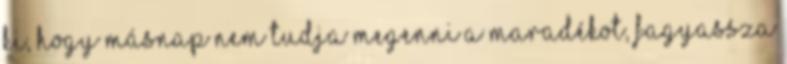
ki, hogy másnap nem tudja megenni a maradékot, fagyassza